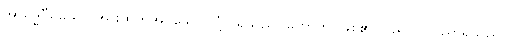
အာရဒ္ဓဝီရိယော၊ အားထုတ်အပ်သော လုံ့လရှိသည်။ ဟောတိ၊ ဖြစ်၏။ ပည ဝါ၊ ပညာရှိသည်။